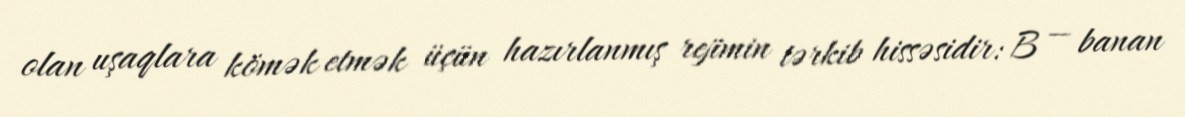
olan uşaqlara kömək etmək üçün hazırlanmış rejimin tərkib hissəsidir: B — banan